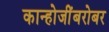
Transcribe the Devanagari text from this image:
कान्होजींबरोबर